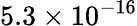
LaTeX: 5.3\times 10^{-16}